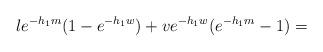
LaTeX: \begin{align*} le^{-h_{1}m}(1-e^{-h_{1}w})+ve^{-h_{1}w}(e^{-h_{1}m}-1) = \end{align*}